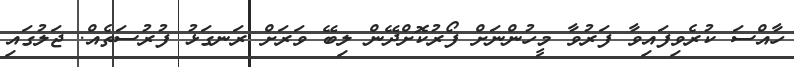
ހާއްސަ ކުރެވިފައިވާ ފަރުވާ މީހުންނަށް ފޯރުކޮށްދޭން ލިބޭ ވަރަށް ރަނގަޅު ފުރުސަތެއް. ޖަލުގައި